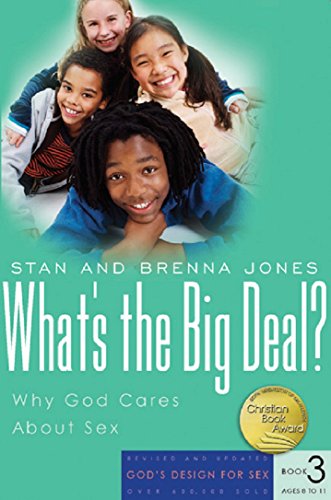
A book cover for What's the Big Deal?: Why God Cares About Sex (God's Design for Sex); Stan Jones; Self-Help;